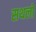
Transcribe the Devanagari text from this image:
सथलों